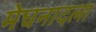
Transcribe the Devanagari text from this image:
मेघनादला